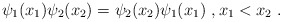
\begin{align*}\psi_1(x_1)\psi_2(x_2)=\psi_2(x_2)\psi_1(x_1) \ , x_1<x_2 \ .\end{align*}